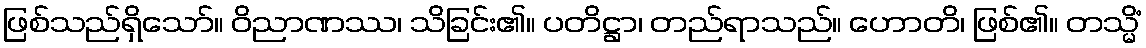
ဖြစ်သည်ရှိသော်။ ဝိညာဏဿ၊ သိခြင်း၏။ ပတိဋ္ဌာ၊ တည်ရာသည်။ ဟောတိ၊ ဖြစ်၏။ တသ္မိံ